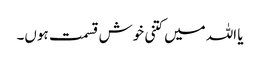
یا اللہ میں کتنی خوش قسمت ہوں۔